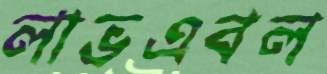
লাভএবল